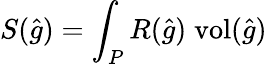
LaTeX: S({\widehat{g}})=\int_{P}R({\widehat{g}})\; {\mathrm{vol}}({\widehat{g}})